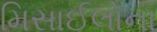
મિસાઈલોના